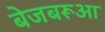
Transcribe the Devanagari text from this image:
बेजबरूआ